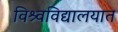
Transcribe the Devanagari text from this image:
विश्र्वविद्यालयात